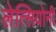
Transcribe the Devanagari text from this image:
लेत्सियोनी